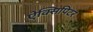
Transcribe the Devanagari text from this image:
ऐक्सिपिटर